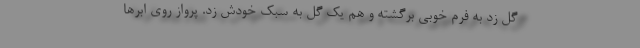
گل زد به فرم خوبی برگشته و هم یک گل به سبک خودش زد. پرواز روی ابرها